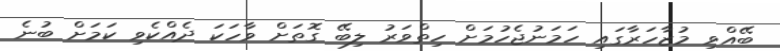
ބޭއްވި މުޒާހަރާގައި ހަމަނުޖެހުމަށް ހިތްވަރު ލިބޭ ގޮތަށް ވާހަކަ ދެއްކެވި ކަމަށް ބުނެ